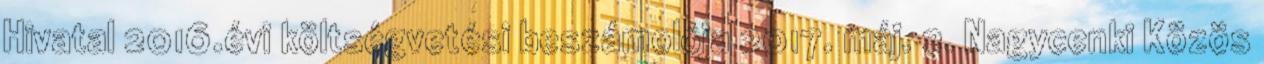
Hivatal 2016.évi költségvetési beszámolója 2017. máj. 2. Nagycenki Közös